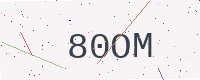
Text: 80OM